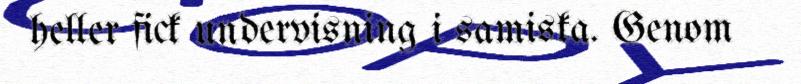
heller fick undervisning i samiska. Genom